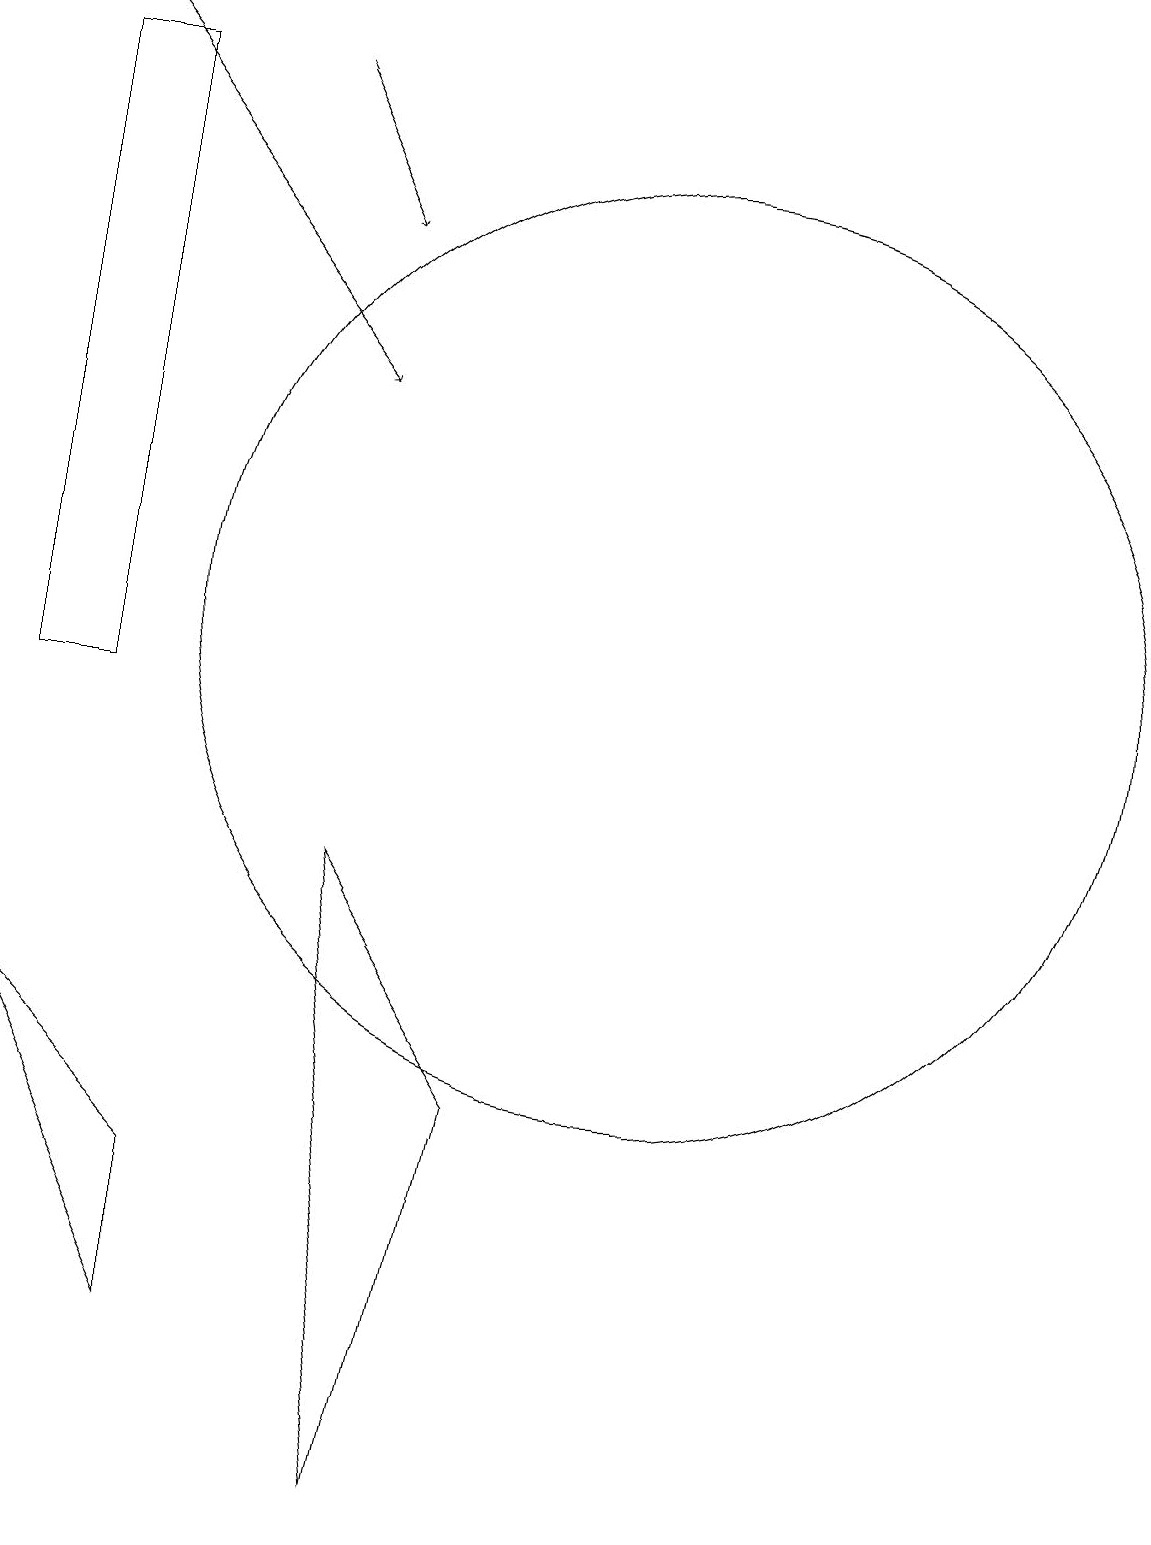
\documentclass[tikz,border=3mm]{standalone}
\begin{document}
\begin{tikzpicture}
\draw[->] (2,19) -- (6,14);
\draw (3,10) rectangle (2,18);
\draw (8,5) -- (7,0) -- (6,8) -- cycle;
\draw (10,11) circle (6);
\draw[->] (5,18) -- (6,16);
\draw (2,6) -- (4,2) -- (4,4) -- cycle;
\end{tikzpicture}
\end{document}